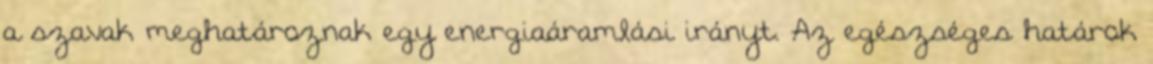
a szavak meghatároznak egy energiaáramlási irányt. Az egészséges határok